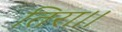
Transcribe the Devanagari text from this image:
तिरा।।